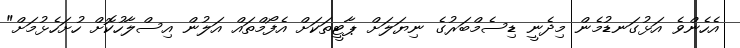
އެހެންވެ އަޅުގަނޑުމެން މިދެނީ ޑިސެމްބަރުގެ ނިޔަލަށް ޕާޓީތަކަށް އެފޯމްތައް އަލުން އިސްލާހުކޮށް ހުށަހެޅުމަށް"